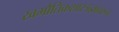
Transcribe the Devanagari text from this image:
खभौतिकशास्त्रज्ञावरुन